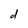
Character: d